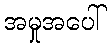
အမှုအပေါ်